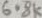
Text: 6.8K